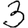
Digit: 3